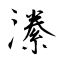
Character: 潫